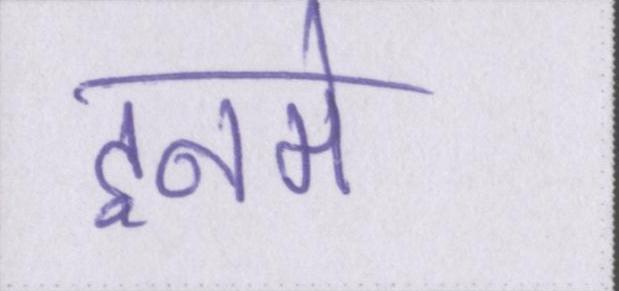
इनमे